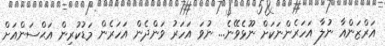
އަރްޒަންއާ ނުލާ އަހަރެންނަކަށް ނޫޅެވޭނެ... ނުވަ އަހަރު ވަންދެން އަހަރެން މަޑުކުރިން އަޙްސަންއަށް